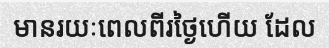
មានរយៈពេលពីរថ្ងៃហើយ ដែល